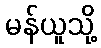
မန်ယူသို့